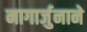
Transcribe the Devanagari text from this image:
नागार्जुनाने